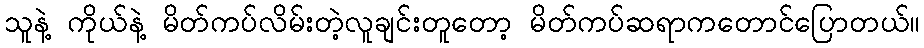
သူနဲ့ ကိုယ်နဲ့ မိတ်ကပ်လိမ်းတဲ့လူချင်းတူတော့ မိတ်ကပ်ဆရာကတောင်ပြောတယ်။